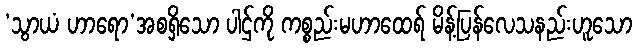
‘သွာယံ ဟာရော’အစရှိသော ပါဌ်ကို ကစ္စည်းမဟာထေရ် မိန့်ပြန်လေသနည်းဟူသော